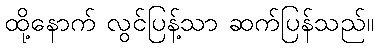
ထို့နောက် လွင်ပြန့်သာ ဆက်ပြန်သည်။